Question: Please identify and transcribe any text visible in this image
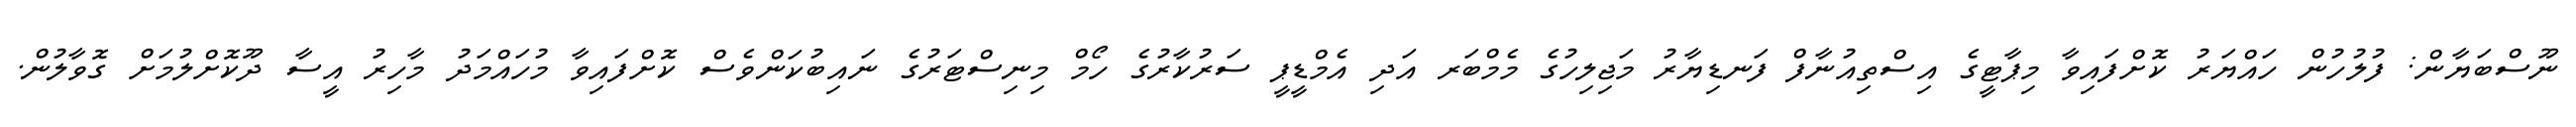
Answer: ނޫސްބަޔާން: ފުލުހުން ހައްޔަރު ކޮށްފައިވާ މިޕާޓީގެ އިސްތިއުނާފް ފަނޑިޔާރު މަޖިލިހުގެ މެމްބަރ އަދި އެމްޑީޕީ ސަރުކާރުގެ ހޯމް މިނިސްޓަރުގެ ނައިބުކަންވެސް ކޮށްފައިވާ މުހައްމަދު މާހިރު އީސާ ދޫކޮށްލުމަށް ގޮވާލުން.